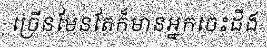
ច្រើនមែនតែក៏មានអ្នកចេះដឹង